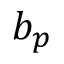
b _ { p }